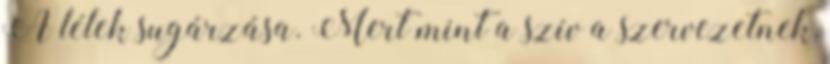
A lélek sugárzása. Mert mint a szív a szervezetnek,